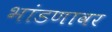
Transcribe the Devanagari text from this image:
भांडणावर